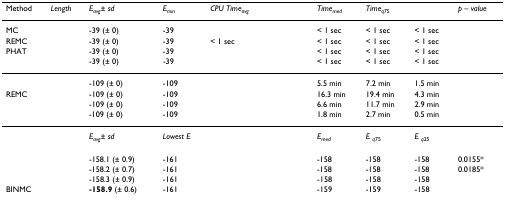
<table><thead><tr><td><b>Method</b></td><td><b><i>Length</i></b></td><td><b><i>E</i><sub><i>avg</i></sub><i>± sd</i></b></td><td><b><i>E</i><sub><i>min</i></sub></b></td><td><b><i>CPU Time</i><sub><i>avg</i></sub></b></td><td><b><i>Time</i><sub><i>med</i></sub></b></td><td><b><i>Time</i><sub><i>q</i>75</sub></b></td><td>[EMPTY_CELL]</td><td><b><i>p – value</i></b></td></tr></thead><tbody><tr><td>MC</td><td>[EMPTY_CELL]</td><td>-39 (± 0)</td><td>-39</td><td>[EMPTY_CELL]</td><td>&lt; 1 sec</td><td>&lt; 1 sec</td><td>&lt; 1 sec</td><td>[EMPTY_CELL]</td></tr><tr><td>REMC</td><td>[EMPTY_CELL]</td><td>-39 (± 0)</td><td>-39</td><td>&lt; 1 sec</td><td>&lt; 1 sec</td><td>&lt; 1 sec</td><td>&lt; 1 sec</td><td>[EMPTY_CELL]</td></tr><tr><td>PHAT</td><td>[EMPTY_CELL]</td><td>-39 (± 0)</td><td>-39</td><td>[EMPTY_CELL]</td><td>&lt; 1 sec</td><td>&lt; 1 sec</td><td>&lt; 1 sec</td><td>[EMPTY_CELL]</td></tr><tr><td>[EMPTY_CELL]</td><td>[EMPTY_CELL]</td><td>-39 (± 0)</td><td>-39</td><td>[EMPTY_CELL]</td><td>&lt; 1 sec</td><td>&lt; 1 sec</td><td>&lt; 1 sec</td><td>[EMPTY_CELL]</td></tr><tr><td>[EMPTY_CELL]</td><td>[EMPTY_CELL]</td><td>-109 (± 0)</td><td>-109</td><td>[EMPTY_CELL]</td><td>5.5 min</td><td>7.2 min</td><td>1.5 min</td><td>[EMPTY_CELL]</td></tr><tr><td>REMC</td><td>[EMPTY_CELL]</td><td>-109 (± 0)</td><td>-109</td><td>[EMPTY_CELL]</td><td>16.3 min</td><td>19.4 min</td><td>4.3 min</td><td>[EMPTY_CELL]</td></tr><tr><td>[EMPTY_CELL]</td><td>[EMPTY_CELL]</td><td>-109 (± 0)</td><td>-109</td><td>[EMPTY_CELL]</td><td>6.6 min</td><td>11.7 min</td><td>2.9 min</td><td>[EMPTY_CELL]</td></tr><tr><td>[EMPTY_CELL]</td><td>[EMPTY_CELL]</td><td>-109 (± 0)</td><td>-109</td><td>[EMPTY_CELL]</td><td>1.8 min</td><td>2.7 min</td><td>0.5 min</td><td>[EMPTY_CELL]</td></tr><tr><td>[EMPTY_CELL]</td><td>[EMPTY_CELL]</td><td><i>E</i><sub><i>avg</i></sub><i>± sd</i></td><td><i>Lowest E</i></td><td>[EMPTY_CELL]</td><td><i>E</i><sub><i>med</i></sub></td><td><i>E </i><sub><i>q</i>75</sub></td><td><i>E </i><sub><i>q</i>25</sub></td><td>[EMPTY_CELL]</td></tr><tr><td>[EMPTY_CELL]</td><td>[EMPTY_CELL]</td><td>-158.1 (± 0.9)</td><td>-161</td><td>[EMPTY_CELL]</td><td>-158</td><td>-158</td><td>-158</td><td>0.0155*</td></tr><tr><td>[EMPTY_CELL]</td><td>[EMPTY_CELL]</td><td>-158.2 (± 0.7)</td><td>-161</td><td>[EMPTY_CELL]</td><td>-158</td><td>-158</td><td>-158</td><td>0.0185*</td></tr><tr><td>[EMPTY_CELL]</td><td>[EMPTY_CELL]</td><td>-158.3 (± 0.9)</td><td>-161</td><td>[EMPTY_CELL]</td><td>-158</td><td>-158</td><td>-158</td><td>[EMPTY_CELL]</td></tr><tr><td>BINMC</td><td>[EMPTY_CELL]</td><td><b>-158.9 </b>(± 0.6)</td><td>-161</td><td>[EMPTY_CELL]</td><td>-159</td><td>-159</td><td>-158</td><td>[EMPTY_CELL]</td></tr></tbody></table>